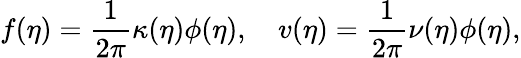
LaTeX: f(\eta)=\frac{1}{2\pi}\kappa(\eta)\phi(\eta),\quad v(\eta)=\frac{1}{2\pi}\nu(\eta)\phi(\eta),